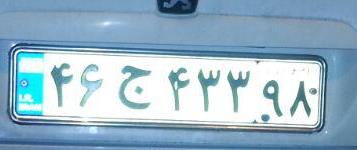
۴۶ج۴۳۳۹۸